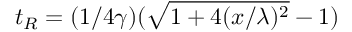
t _ { R } = ( 1 / 4 \gamma ) ( \sqrt { 1 + 4 ( x / \lambda ) ^ { 2 } } - 1 )